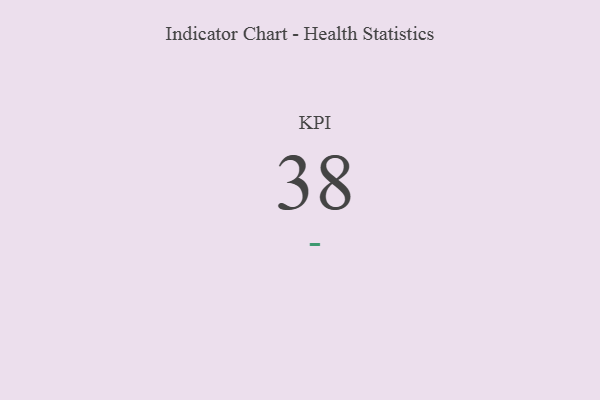
{"axis": {"x": "KPI", "y": "Value"}, "legend": [""], "data": [{"x": "KPI", "y": 38, "type": ""}]}